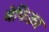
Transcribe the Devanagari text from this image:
बेफिक्रा